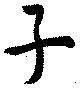
子